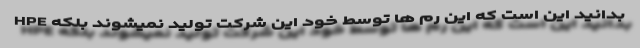
HPE بدانید این است که این رم ها توسط خود این شرکت تولید نمیشوند بلکه